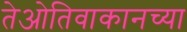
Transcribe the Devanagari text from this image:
तेओतिवाकानच्या